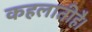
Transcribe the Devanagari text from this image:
कहलातीहै।